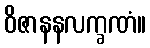
ဝိဇာနနလက္ခဏံ။